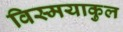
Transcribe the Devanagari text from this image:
विस्मयाकुल